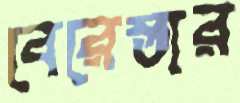
বেরেস্তার